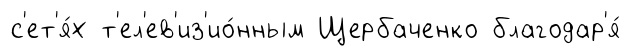
с'ет'я́х т'ел'ев'из'ио́нным Щербаченко благодар'я́